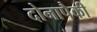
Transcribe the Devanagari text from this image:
दोनापैकी